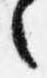
々